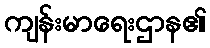
ကျန်းမာရေးဌာန၏